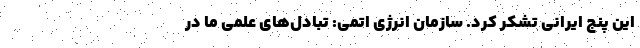
این پنج ایرانی تشکر کرد. سازمان انرژی اتمی: تبادل‌های علمی ما در